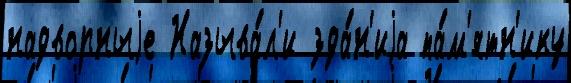
надворныjе Называ́л'и зда́н'иjа па́м'ятн'ику